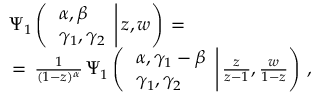
\begin{array} { l } { \displaystyle \Psi _ { 1 } \left( \left. \begin{array} { l } { \alpha , \beta } \\ { \gamma _ { 1 } , \gamma _ { 2 } } \end{array} \right| z , w \right) \, = \, } \\ { \, = \, \frac 1 { ( 1 - z ) ^ { \alpha } } \, \Psi _ { 1 } \left( \left. \begin{array} { l } { \alpha , \gamma _ { 1 } - \beta } \\ { \gamma _ { 1 } , \gamma _ { 2 } } \end{array} \right| \frac z { z - 1 } , \frac w { 1 - z } \right) \, , } \end{array}